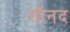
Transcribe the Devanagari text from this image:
गोनद